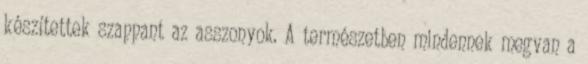
készítettek szappant az asszonyok. A természetben mindennek megvan a